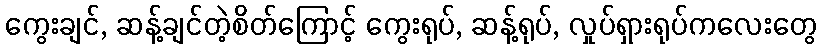
ကွေးချင်, ဆန့်ချင်တဲ့စိတ်ကြောင့် ကွေးရုပ်, ဆန့်ရုပ်, လှုပ်ရှားရုပ်ကလေးတွေ